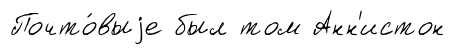
Почто́выjе был том Анн'истон